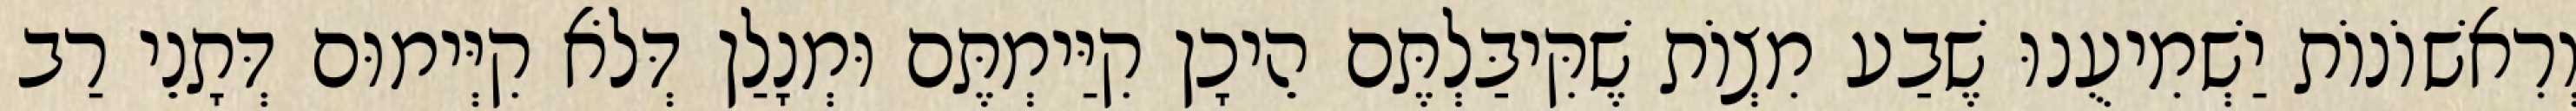
וְרִאשׁוֹנוֹת יַשְׁמִיעֻנוּ שֶׁבַע מִצְוֹת שֶׁקִּיבַּלְתֶּם הֵיכָן קִיַּימְתֶּם וּמְנָלַן דְּלֹא קִיְּימוּם דְּתָנֵי רַב